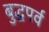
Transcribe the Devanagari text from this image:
बुद्धपर्व